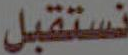
نستقبل